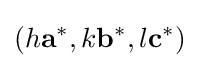
(h\mathbf {a^{*}} ,k\mathbf {b^{*}} ,l\mathbf {c^{*}} )